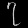
Digit: ၇